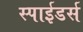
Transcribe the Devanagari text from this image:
स्पाईडर्स